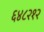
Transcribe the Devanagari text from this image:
६४८२१२